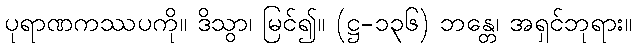
ပုရာဏကဿပကို။ ဒိသွာ၊ မြင်၍။ (ဋ္ဌ-၁၃၆) ဘန္တေ၊ အရှင်ဘုရား။